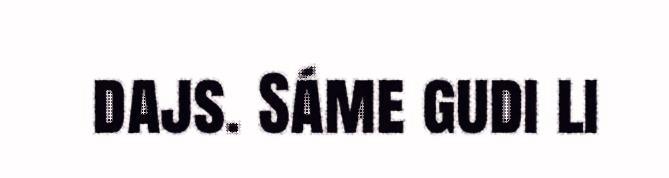
dajs. Sáme gudi li